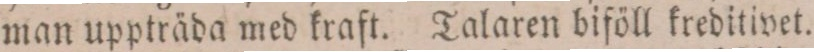
man uppträda med kraft. Talaren biföll kreditivet.